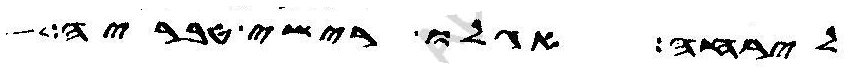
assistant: לירחה אגלו רישי טבריה